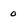
Character: 0